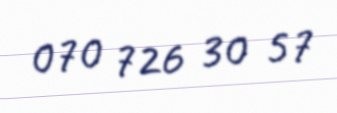
070 726 30 57